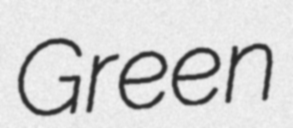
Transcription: Green